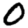
Digit: 0